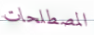
المصطلحات